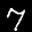
Label: 7